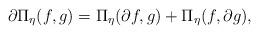
LaTeX: \begin{align*}\partial \Pi_\eta(f,g) = \Pi_\eta(\partial f, g) + \Pi_\eta(f,\partial g),\end{align*}